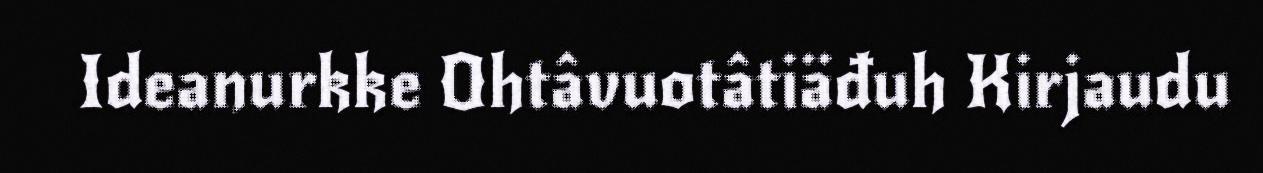
Ideanurkke Ohtâvuotâtiäđuh Kirjaudu